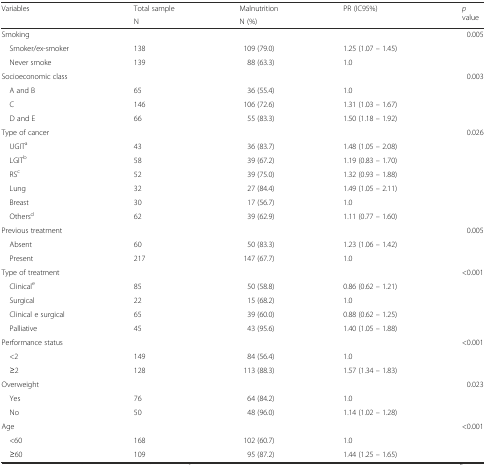
<table><thead><tr><td rowspan="2"><b>Variables</b></td><td><b>Total sample</b></td><td><b>Malnutrition</b></td><td rowspan="2"><b>PR (IC95%)</b></td><td rowspan="2"><b><i>p</i> value</b></td></tr><tr><td><b>N</b></td><td><b>N (%)</b></td></tr></thead><tbody><tr><td>Smoking</td><td></td><td></td><td></td><td>0.005</td></tr><tr><td> Smoker/ex-smoker</td><td>138</td><td>109 (79.0)</td><td>1.25 (1.07 – 1.45)</td><td></td></tr><tr><td> Never smoke</td><td>139</td><td>88 (63.3)</td><td>1.0</td><td></td></tr><tr><td>Socioeconomic class</td><td></td><td></td><td></td><td>0.003</td></tr><tr><td> A and B</td><td>65</td><td>36 (55.4)</td><td>1.0</td><td></td></tr><tr><td> C</td><td>146</td><td>106 (72.6)</td><td>1.31 (1.03 – 1.67)</td><td></td></tr><tr><td> D and E</td><td>66</td><td>55 (83.3)</td><td>1.50 (1.18 – 1.92)</td><td></td></tr><tr><td>Type of cancer</td><td></td><td></td><td></td><td>0.026</td></tr><tr><td> UGIT<sup>a</sup></td><td>43</td><td>36 (83.7)</td><td>1.48 (1.05 – 2.08)</td><td></td></tr><tr><td> LGIT<sup>b</sup></td><td>58</td><td>39 (67.2)</td><td>1.19 (0.83 – 1.70)</td><td></td></tr><tr><td> RS<sup>c</sup></td><td>52</td><td>39 (75.0)</td><td>1.32 (0.93 – 1.88)</td><td></td></tr><tr><td> Lung</td><td>32</td><td>27 (84.4)</td><td>1.49 (1.05 – 2.11)</td><td></td></tr><tr><td> Breast</td><td>30</td><td>17 (56.7)</td><td>1.0</td><td></td></tr><tr><td> Others<sup>d</sup></td><td>62</td><td>39 (62.9)</td><td>1.11 (0.77 – 1.60)</td><td></td></tr><tr><td>Previous treatment</td><td></td><td></td><td></td><td>0.005</td></tr><tr><td> Absent</td><td>60</td><td>50 (83.3)</td><td>1.23 (1.06 – 1.42)</td><td></td></tr><tr><td> Present</td><td>217</td><td>147 (67.7)</td><td>1.0</td><td></td></tr><tr><td>Type of treatment</td><td></td><td></td><td></td><td>&lt;0.001</td></tr><tr><td> Clinical<sup>e</sup></td><td>85</td><td>50 (58.8)</td><td>0.86 (0.62 – 1.21)</td><td></td></tr><tr><td> Surgical</td><td>22</td><td>15 (68.2)</td><td>1.0</td><td></td></tr><tr><td> Clinical e surgical</td><td>65</td><td>39 (60.0)</td><td>0.88 (0.62 – 1.25)</td><td></td></tr><tr><td> Palliative</td><td>45</td><td>43 (95.6)</td><td>1.40 (1.05 – 1.88)</td><td></td></tr><tr><td>Performance status</td><td></td><td></td><td></td><td>&lt;0.001</td></tr><tr><td> &lt;2</td><td>149</td><td>84 (56.4)</td><td>1.0</td><td></td></tr><tr><td> ≥2</td><td>128</td><td>113 (88.3)</td><td>1.57 (1.34 – 1.83)</td><td></td></tr><tr><td>Overweight</td><td></td><td></td><td></td><td>0.023</td></tr><tr><td> Yes</td><td>76</td><td>64 (84.2)</td><td>1.0</td><td></td></tr><tr><td> No</td><td>50</td><td>48 (96.0)</td><td>1.14 (1.02 – 1.28)</td><td></td></tr><tr><td>Age</td><td></td><td></td><td></td><td>&lt;0.001</td></tr><tr><td> &lt;60</td><td>168</td><td>102 (60.7)</td><td>1.0</td><td></td></tr><tr><td> ≥60</td><td>109</td><td>95 (87.2)</td><td>1.44 (1.25 – 1.65)</td><td></td></tr></tbody></table>